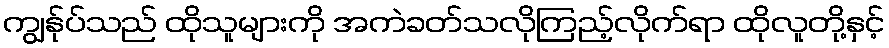
ကျွန်ုပ်သည် ထိုသူများကို အကဲခတ်သလိုကြည့်လိုက်ရာ ထိုလူတို့နှင့်